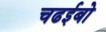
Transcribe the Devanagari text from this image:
चढईबो